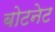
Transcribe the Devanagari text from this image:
बोटनेट